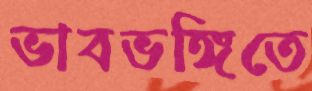
ভাবভঙ্গিতে